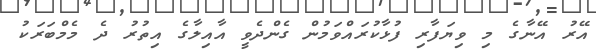
އޭރު އޭނާގެ މި ވިޔަފާރި ފުޅާކުރައްވަމުން ގެންދެވީ އާއިލާގެ އިތުރު ދެ މެމްބަރަކު